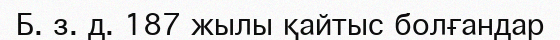
Б. з. д. 187 жылы қайтыс болғандар